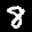
Label: 8